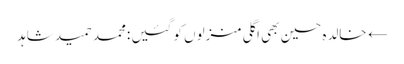
← خالدہ حسین بھی اگلی منزلوں کو گئیں :محمد حمید شاہد